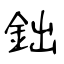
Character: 鈯